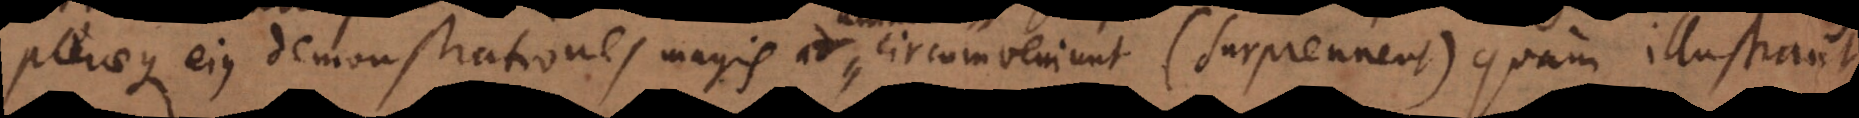
pleraeque eius demonstrationes magis animum circumveniunt (surprennent) quam ill